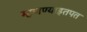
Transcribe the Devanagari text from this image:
म्हणण्याइतपत